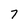
Character: 7